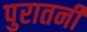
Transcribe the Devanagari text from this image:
पुरातनी